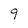
Character: 9